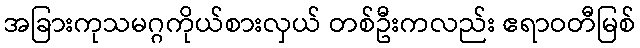
အခြားကုသမဂ္ဂကိုယ်စားလှယ် တစ်ဦးကလည်း ဧရာဝတီမြစ်